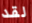
لقد